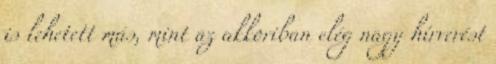
is lehetett más, mint az akkoriban elég nagy hírverést